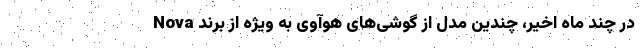
در چند ماه اخیر، چندین مدل از گوشی‌های هوآوی به ویژه از برند Nova